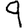
Digit: 9